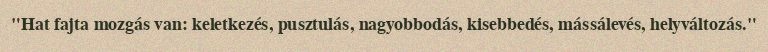
"Hat fajta mozgás van: keletkezés, pusztulás, nagyobbodás, kisebbedés, mássálevés, helyváltozás."